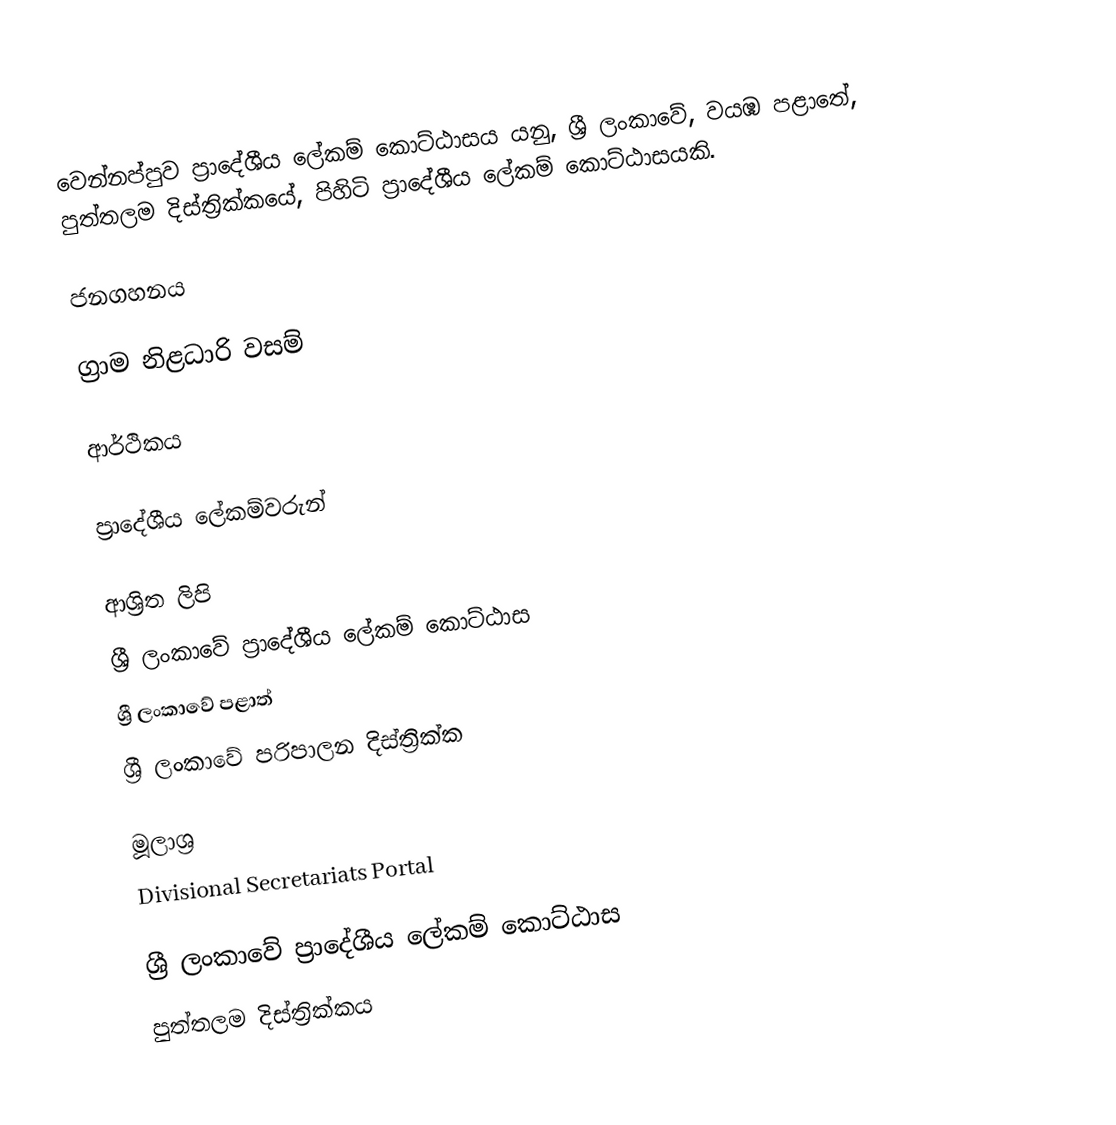
වෙන්නප්පුව ප්‍රාදේශීය ලේකම් කොට්ඨාසය යනු,  ශ්‍රී ලංකාවේ, වයඹ පළාතේ,   පුත්තලම දිස්ත්‍රික්කයේ, පිහිටි ප්‍රාදේශීය ලේකම් කොට්ඨාසයකි.

ජනගහනය

ග්‍රාම නිළධාරි වසම්

ආර්ථිකය

ප්‍රාදේශීය ලේකම්වරුන්

ආශ්‍රිත ලිපි
ශ්‍රී ලංකාවේ ප්‍රාදේශීය ලේකම් කොට්ඨාස
ශ්‍රී ලංකාවේ පළාත්
ශ්‍රී ලංකාවේ පරිපාලන දිස්ත්‍රික්ක

මූලාශ්‍ර
 Divisional Secretariats Portal

ශ්‍රී ලංකාවේ ප්‍රාදේශීය ලේකම් කොට්ඨාස
පුත්තලම දිස්ත්‍රික්කය